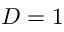
D = 1